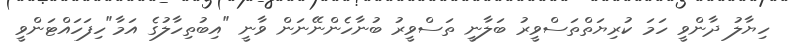
ހިޔާލު ދާންވީ ހަމަ ކުރިޔަތްތަސްވީރު ބަލާނީ ތަސްވީރު ބުނާހެންނޭނަން ވާނީ "އިބުތިހާލުގެ އަމާ"ހިފަހައްޓަންވީ